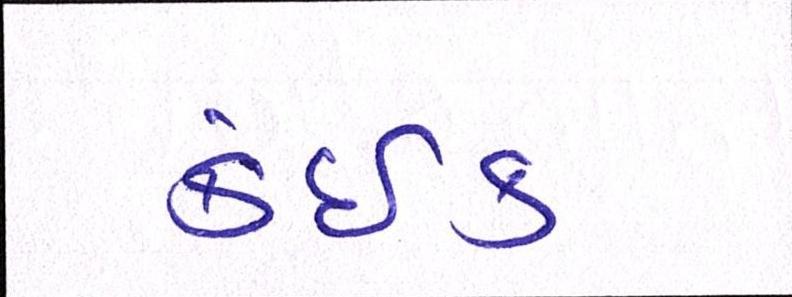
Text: કંઈક